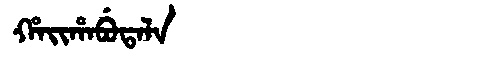
Manchu: ᡥᠠᡳᡥᠠᠪᡠᡨᠠᠯᠠ
Romanization: HAIHABUTALA